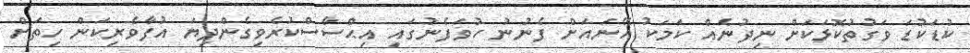
ކުޑަކުޑަ ވަގުތުކޮޅަކަށް ނިދުނެއް ކަމަކު އޭނައަށް ފެނުނު ހުވަފެނުގައި އިޙްސާސްކުރެވިގެންދިޔަ އުފާވެރިކަން ހިތަށް